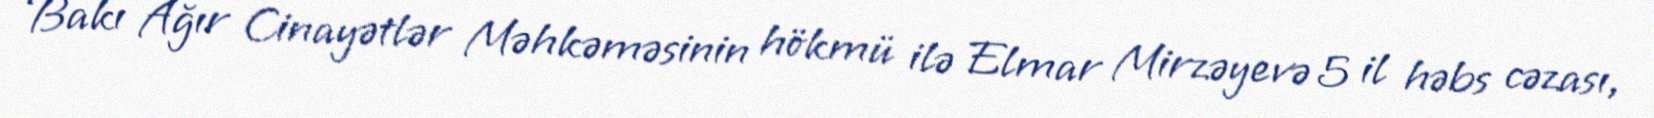
Bakı Ağır Cinayətlər Məhkəməsinin hökmü ilə Elmar Mirzəyevə 5 il həbs cəzası,